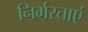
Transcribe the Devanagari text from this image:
निर्भरताएं